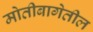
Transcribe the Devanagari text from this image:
मोतीबागेतील